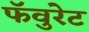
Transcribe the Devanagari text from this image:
फॅवुरेट